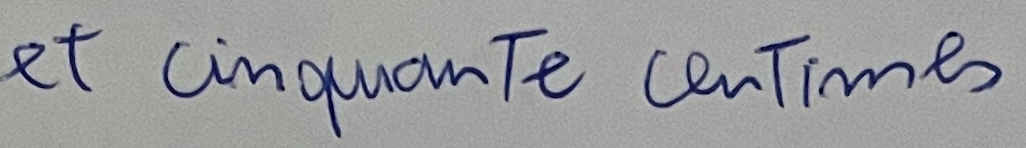
et cinquante centimes